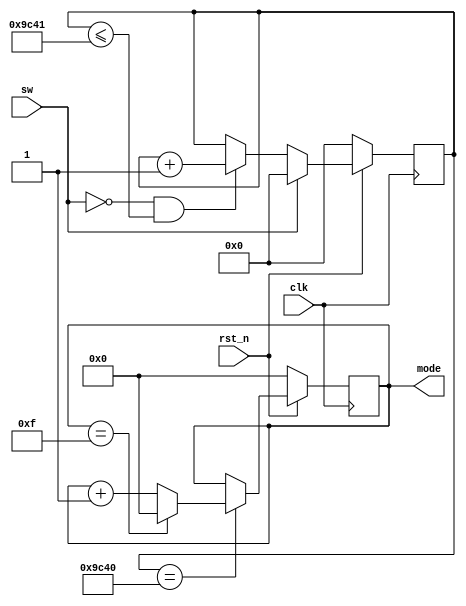
/////////////////////////////////////////////////////////////////////////////
//
// Copyright (C) 2013-2019 Efinix Inc. All rights reserved.
//
// sw_counter.v
//
// *******************************
// Revisions:
// 1.0 Initial rev
// *******************************
/////////////////////////////////////////////////////////////////////////////


module sw_counter (
                   clk,
                   rst_n,
                   sw,
                   mode
                   );

   parameter MAX_CNT = 16;

   input clk;
   input rst_n;
   input sw;
   output reg [3:0] mode;

   reg[15:0] sw_counter;

   always @(posedge clk) begin
      if(~rst_n) begin
         sw_counter <= 0;
         mode <= 0;
      end
      else begin
         if (sw==1'b1)                               
	   sw_counter <= 16'b0;
         else if ((sw==1'b0) && (sw_counter<=16'd40001))       	
	   sw_counter <= sw_counter+1'b1;
         if (sw_counter==16'd40000)     	
	   begin
	      if(mode==MAX_CNT-1)
	        mode <= 4'b0000;
	      else
	        mode <= mode+1'b1; 
	   end	
      end // else: !if(~rst_n)
   end // always @ (posedge clk)

endmodule // sw_counter

//////////////////////////////////////////////////////////////////////////////
// Copyright (C) 2013-2019 Efinix Inc. All rights reserved.
//
// This   document  contains  proprietary information  which   is
// protected by  copyright. All rights  are reserved.  This notice
// refers to original work by Efinix, Inc. which may be derivitive
// of other work distributed under license of the authors.  In the
// case of derivative work, nothing in this notice overrides the
// original author's license agreement.  Where applicable, the 
// original license agreement is included in it's original 
// unmodified form immediately below this header.
//
// WARRANTY DISCLAIMER.  
//     THE  DESIGN, CODE, OR INFORMATION ARE PROVIDED AS IS AND 
//     EFINIX MAKES NO WARRANTIES, EXPRESS OR IMPLIED WITH 
//     RESPECT THERETO, AND EXPRESSLY DISCLAIMS ANY IMPLIED WARRANTIES, 
//     INCLUDING, WITHOUT LIMITATION, THE IMPLIED WARRANTIES OF 
//     MERCHANTABILITY, NON-INFRINGEMENT AND FITNESS FOR A PARTICULAR 
//     PURPOSE.  SOME STATES DO NOT ALLOW EXCLUSIONS OF AN IMPLIED 
//     WARRANTY, SO THIS DISCLAIMER MAY NOT APPLY TO LICENSEE.
//
// LIMITATION OF LIABILITY.  
//     NOTWITHSTANDING ANYTHING TO THE CONTRARY, EXCEPT FOR BODILY 
//     INJURY, EFINIX SHALL NOT BE LIABLE WITH RESPECT TO ANY SUBJECT 
//     MATTER OF THIS AGREEMENT UNDER TORT, CONTRACT, STRICT LIABILITY 
//     OR ANY OTHER LEGAL OR EQUITABLE THEORY (I) FOR ANY INDIRECT, 
//     SPECIAL, INCIDENTAL, EXEMPLARY OR CONSEQUENTIAL DAMAGES OF ANY 
//     CHARACTER INCLUDING, WITHOUT LIMITATION, DAMAGES FOR LOSS OF 
//     GOODWILL, DATA OR PROFIT, WORK STOPPAGE, OR COMPUTER FAILURE OR 
//     MALFUNCTION, OR IN ANY EVENT (II) FOR ANY AMOUNT IN EXCESS, IN 
//     THE AGGREGATE, OF THE FEE PAID BY LICENSEE TO EFINIX HEREUNDER 
//     (OR, IF THE FEE HAS BEEN WAIVED, $100), EVEN IF EFINIX SHALL HAVE 
//     BEEN INFORMED OF THE POSSIBILITY OF SUCH DAMAGES.  SOME STATES DO 
//     NOT ALLOW THE EXCLUSION OR LIMITATION OF INCIDENTAL OR 
//     CONSEQUENTIAL DAMAGES, SO THIS LIMITATION AND EXCLUSION MAY NOT 
//     APPLY TO LICENSEE.
//
/////////////////////////////////////////////////////////////////////////////